Annual report of the Punjab Veterinary College and of the Civil Veterinary Department, Punjab - 1909-1919
Year: 1909
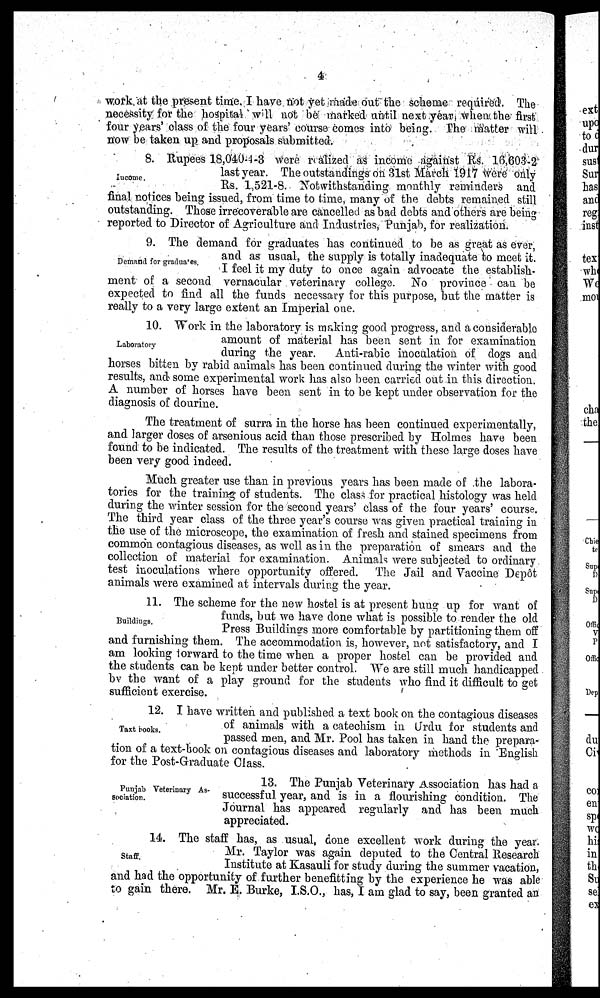
4
work at the present time, I have not yet made out the scheme required. The
necessity for the hospital will not be marked until next year when the first
four years' class of the four years' course comes into being. The matter will
now be taken up and proposals submitted.
Income.
8. Rupees 18,040-4-3 were realized as income against Rs. 16,603-2
last year. The outstandings on 31st March 1917 were only
Rs. 1,521-8. Notwithstanding monthly reminders and
final notices being issued, from time to time, many of the debts remained still
outstanding. Those irrecoverable are cancelled as bad debts and others are being
reported to Director of Agriculture and Industries, Punjab, for realization.
Demand for graduates.
9. The demand for graduates has continued to be as great as ever,
and as usual, the supply is totally inadequate to meet it.
I feel it my duty to once again advocate the establish-
ment of a second vernacular veterinary college. No province can be
expected to find all the funds necessary for this purpose, but the matter is
really to a very large extent an Imperial one.
Laboratory
10. Work in the laboratory is making good progress, and a considerable
amount of material has been sent in for examination
during the year.
Anti-rabic inoculation of dogs and
horses bitten by rabid animals has been continued during the winter with good
results, and some experimental work has also been carried out in this direction.
A number of horses have been sent in to be kept under observation for the
diagnosis of dourine.
The treatment of surra in the horse has been continued experimentally,
and larger doses of arsenious acid than those prescribed by Holmes have been
found to be indicated. The results of the treatment with these large doses have
been very good indeed.
Much greater use than in previous years has been made of the labora-
tories for the training of students. The class for practical histology was held
during the winter session for the second years' class of the four years' course.
The third year class of the three year's course was given practical training in
the use of the microscope, the examination of fresh and stained specimens from
common contagious diseases, as well as in the preparation of smears and the
collection of material for examination. Animals were subjected to ordinary
test inoculations where opportunity offered.
The Jail and Vaccine Depôt
animals were examined at intervals during the year.
Buildings.
11. The scheme for the new hostel is at present hung up for want of
funds, but we have done what is possible to render the old
Press Building's more comfortable by partitioning them off
and furnishing them. The accommodation is, however, not satisfactory, and I
am looking forward to the time when a proper hostel can be provided and
the students can be kept under better control. We are still much handicapped
by the want of a play ground for the students who find it difficult to get
sufficient exercise.
Taxt books.
12. I have written and published a text book on the contagious diseases
of animals with a catechism in Urdu for students and
passed men, and Mr. Pool has taken in hand the prepara-
tion of a text-book on contagious diseases and laboratory methods in English
for the Post-Graduate Class.
Punjab Veterinary As-
sociation.
13. The Punjab Veterinary Association has had a
successful year, and is in a flourishing condition. The
Journal has appeared regularly and has been much
appreciated.
Staff.
14. The staff has, as usual, done excellent work during the year.
Mr. Taylor was again deputed to the Central Research
Institute at Kasauli for study during the summer vacation,
and had the opportunity of further benefitting by the experience he was able
to gain there. Mr. E. Burke, I.S.O., has, I am glad to say, been granted an